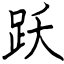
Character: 跃